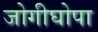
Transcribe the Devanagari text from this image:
जोगीघोपा